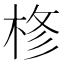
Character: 𭪊